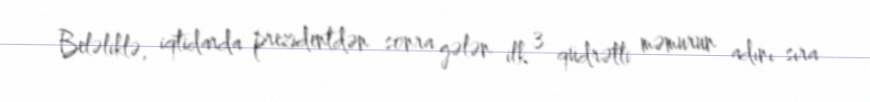
Beləliklə, iqtidarda prezidentdən sonra gələn ilk 3 qüdrətli məmurun adını sıra